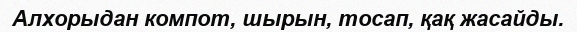
Алхорыдан компот, шырын, тосап, қақ жасайды.